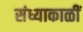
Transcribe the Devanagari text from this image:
संध्याकाळीं